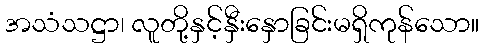
အသံသဋ္ဌာ၊ လူတို့နှင့်နှီးနှောခြင်းမရှိကုန်သော။